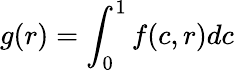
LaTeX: g(r)=\int_{0}^{1}f(c,r)dc